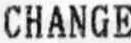
CHANGE